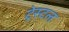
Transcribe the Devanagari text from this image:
ट्रेस्टल